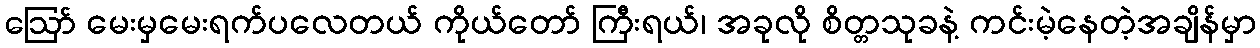
ဪ မေးမှမေးရက်ပလေတယ် ကိုယ်တော် ကြီးရယ်၊ အခုလို စိတ္တသုခနဲ့ ကင်းမဲ့နေတဲ့အချိန်မှာ